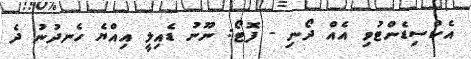
އެކްސިޑެންޓުވި އެއް ދޯނި - ފޮޓޯ: ނޫނު ޑެއިލީ އިއްޔެ ހެނދުނު ދެ